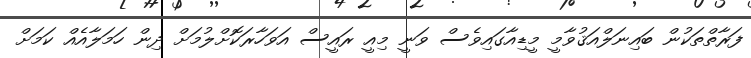
ފަރާތްތަކުން ބައިނަލްއަޤުވާމީ މީޑިއާގައިވެސް ވަނީ މިއީ ރައީސް އަވަހާރަކޮށްލުމަށް ދިން ހަމަލާއެއް ކަމަށް